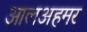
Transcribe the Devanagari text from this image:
आलअहमर